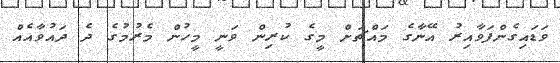
ވަޑައިގެންފަވާއިރު އޭނާގެ މައްޗަށް މީގެ ކުރިން ވަނީ މީހުން މެރުމުގެ ދެ ދައުވާއެއް